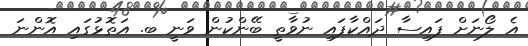
އެ ލޯނަށް ފައިސާ ދައްކާފައި ނުވާތީ ބޭންކުން ވަނީ ބ. އަތޮޅުގައި އޮންނަ